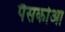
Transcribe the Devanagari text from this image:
पैसकोआ